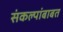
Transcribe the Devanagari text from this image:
संकल्पांबाबत